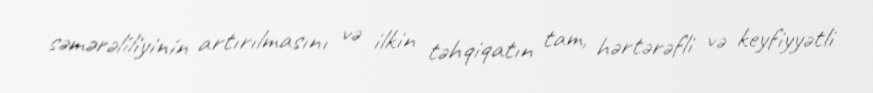
səmərəliliyinin artırılmasını və ilkin təhqiqatın tam, hərtərəfli və keyfiyyətli